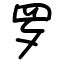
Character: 罗